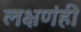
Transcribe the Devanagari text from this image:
लक्षणंही